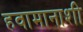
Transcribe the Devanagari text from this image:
हवामानाशी